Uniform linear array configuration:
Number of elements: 32
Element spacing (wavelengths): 0.75
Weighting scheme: uniform
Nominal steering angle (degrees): -30
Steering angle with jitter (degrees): -31.082
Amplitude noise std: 0.05
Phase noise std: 0.05

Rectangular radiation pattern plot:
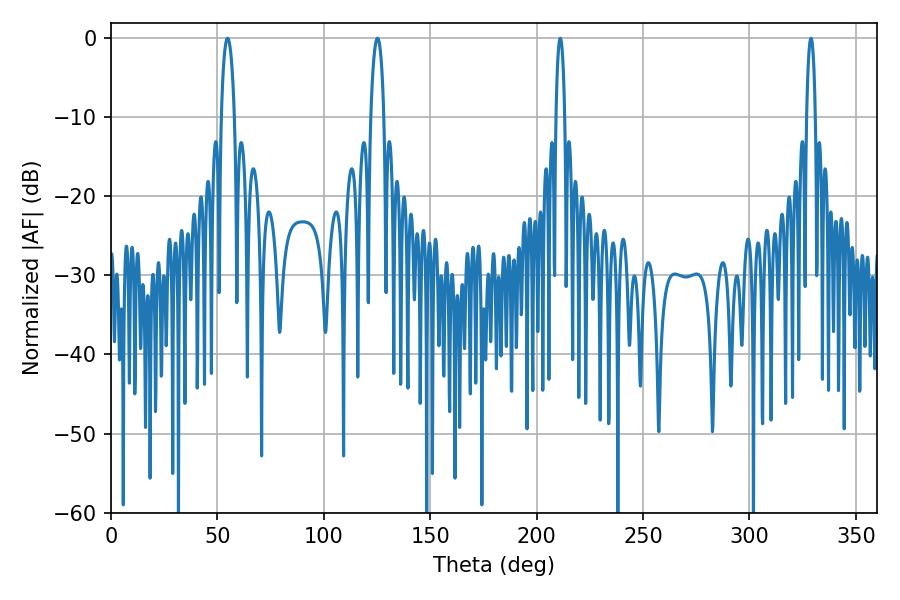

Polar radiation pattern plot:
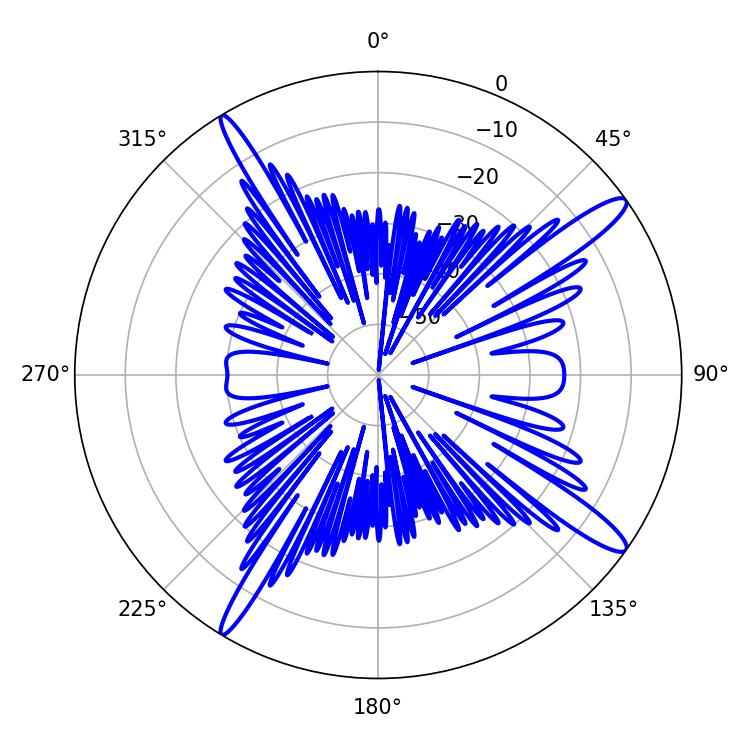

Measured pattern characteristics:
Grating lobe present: TRUE
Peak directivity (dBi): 14.713
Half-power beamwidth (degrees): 3.42
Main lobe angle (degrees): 54.72